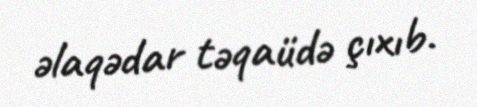
əlaqədar təqaüdə çıxıb.